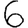
Digit: 6